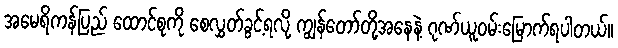
အမေရိကန်ပြည် ထောင်စုကို စေလွှတ်ခွင့်ရလို့ ကျွန်တော်တို့အနေနဲ့ ဂုဏ်ယူဝမ်းမြောက်ရပါတယ်။